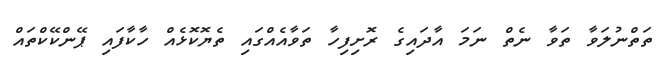
ތަތްނުލަވާ ތަވާ ނެތް ނަމަ އާދައިގެ ރޮށިފިހާ ތަވާއެއްގައި ތެޔޮކޮޅެއް ހާކާފައި ޕޭންކޭކްތައް